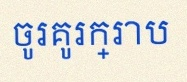
ចូរគូរក្រាប